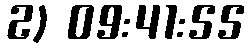
2) 09:41:55